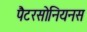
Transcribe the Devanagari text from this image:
पैटरसोनियनस